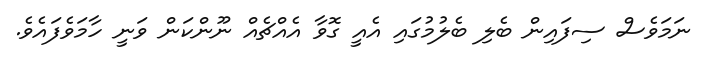
ނަމަވެސް ސިފައިން ބެލި ބެލުމުގައި އެއީ ގޮވާ އެއްޗެއް ނޫންކަން ވަނީ ހާމަވެފައެވެ.